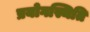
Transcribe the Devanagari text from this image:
प्रयोगस्थिति